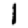
Digit: 1